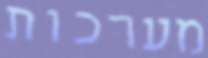
מערכות